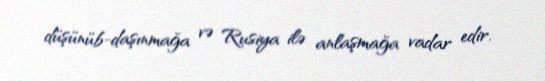
düşünüb-daşınmağa və Rusiya ilə anlaşmağa vadar edir.